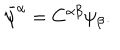
\bar { \psi } ^ { \alpha } = C ^ { \alpha \beta } \psi _ { \beta } .